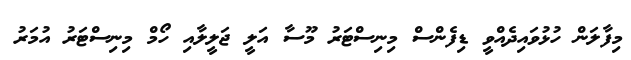
މިފާލަން ހުޅުވައިދެއްވީ ޑިފެންސް މިނިސްޓަރު މޫސާ އަލީ ޖަލީލާއި ހޯމް މިނިސްޓަރު އުމަރު